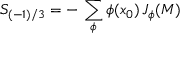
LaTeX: S _ { ( - 1 ) / 3 } = - \, \sum _ { \phi } \phi ( x _ { 0 } ) \, J _ { \phi } ( { \cal M } )